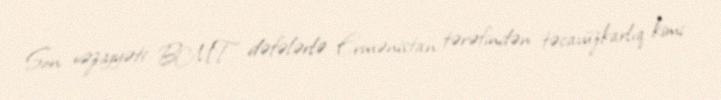
Son vəziyyəti BMT dəfələrlə Ermənistan tərəfindən təcavüzkarlıq kimi